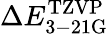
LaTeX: \Delta E_{\mathrm{3-21G}}^{\mathrm{TZVP}}